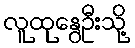
လူထုနွေဦးသို့